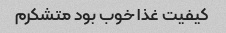
کیفیت غذا خوب بود متشکرم